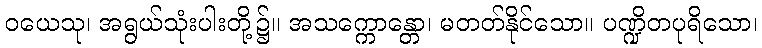
ဝယေသု၊ အရွယ်သုံးပါးတို့၌။ အသက္ကောန္တော၊ မတတ်နိုင်သော။ ပဏ္ဍိတပုရိသော၊